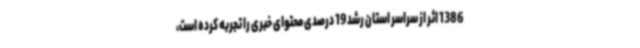
1386 اثر از سراسر استان رشد 19 درصدی محتوای خبری را تجربه کرده است،